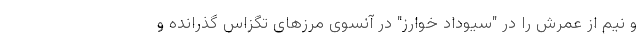
و نیم از عمرش را در "سیوداد خوارز" در آنسوی مرزهای تگزاس گذرانده و